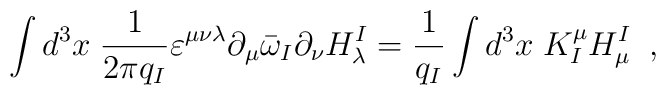
\int d^{3}x\;\frac{1}{2\pi q_{I}}\varepsilon^{\mu\nu\lambda}       \partial_{\mu}\bar{\omega}_{I}\partial_{\nu}H^{I}_{\lambda}=     \frac{1}{q_{I}}\int d^{3}x\;K^{\mu}_{I}H^{I}_{\mu} \;\;,